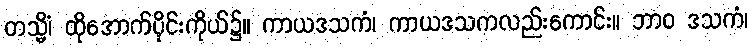
တသ္မိံ၊ ထိုအောက်ပိုင်းကိုယ်၌။ ကာယဒသကံ၊ ကာယဒသကလည်းကောင်း။ ဘာဝ ဒသကံ၊